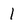
Character: 1